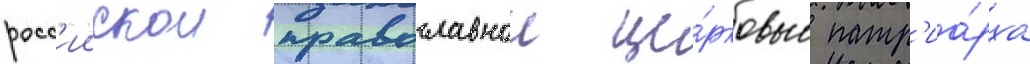
росс'иискои православнои це́рковью патр'иа́рха